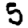
Digit: 5